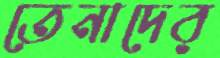
তেনাদের